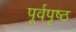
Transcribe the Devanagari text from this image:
पूर्वपृष्ठ